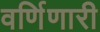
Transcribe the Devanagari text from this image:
वर्णिणारी